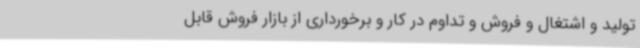
تولید و اشتغال و فروش و تداوم در کار و برخورداری از بازار فروش قابل